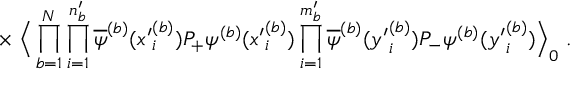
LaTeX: \times \; \Big \langle \prod _ { b = 1 } ^ { N } \prod _ { i = 1 } ^ { n _ { b } ^ { \prime } } \overline { { { \psi } } } ^ { ( b ) } ( { x ^ { \prime } } _ { i } ^ { ( b ) } ) P _ { + } \psi ^ { ( b ) } ( { x ^ { \prime } } _ { i } ^ { ( b ) } ) \prod _ { i = 1 } ^ { m _ { b } ^ { \prime } } \overline { { { \psi } } } ^ { ( b ) } ( { y ^ { \prime } } _ { i } ^ { ( b ) } ) P _ { - } \psi ^ { ( b ) } ( { y ^ { \prime } } _ { i } ^ { ( b ) } ) \Big \rangle _ { 0 } \; .